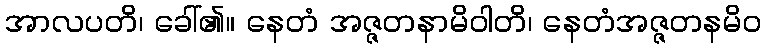
အာလပတိ၊ ခေါ်၏။ နေတံ အဇ္ဇတနာမိဝါတိ၊ နေတံအဇ္ဇတနမိဝ